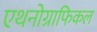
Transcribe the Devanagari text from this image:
एथनोग्राफिकल